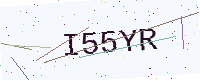
Text: I55YR